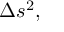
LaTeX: \Delta s ^ { 2 } ,